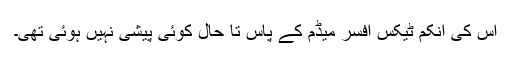
اس کی اِنکم ٹیکس افسر میڈم کے پاس تا حال کوئی پیشی نہیں ہوئی تھی۔